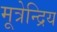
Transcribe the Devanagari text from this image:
मूत्रेन्द्रिय